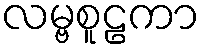
လမ္ဗစူဠကာ